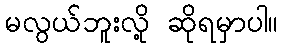
မလွယ်ဘူးလို့ ဆိုရမှာပါ။